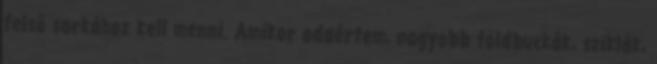
felső sarkához kell menni. Amikor odaértem, nagyobb földbuckák, sziklák,